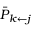
\bar { P } _ { k \leftarrow j }